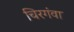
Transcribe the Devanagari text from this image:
चिरगंवा